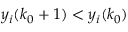
y _ { i } ( k _ { 0 } + 1 ) < y _ { i } ( k _ { 0 } )